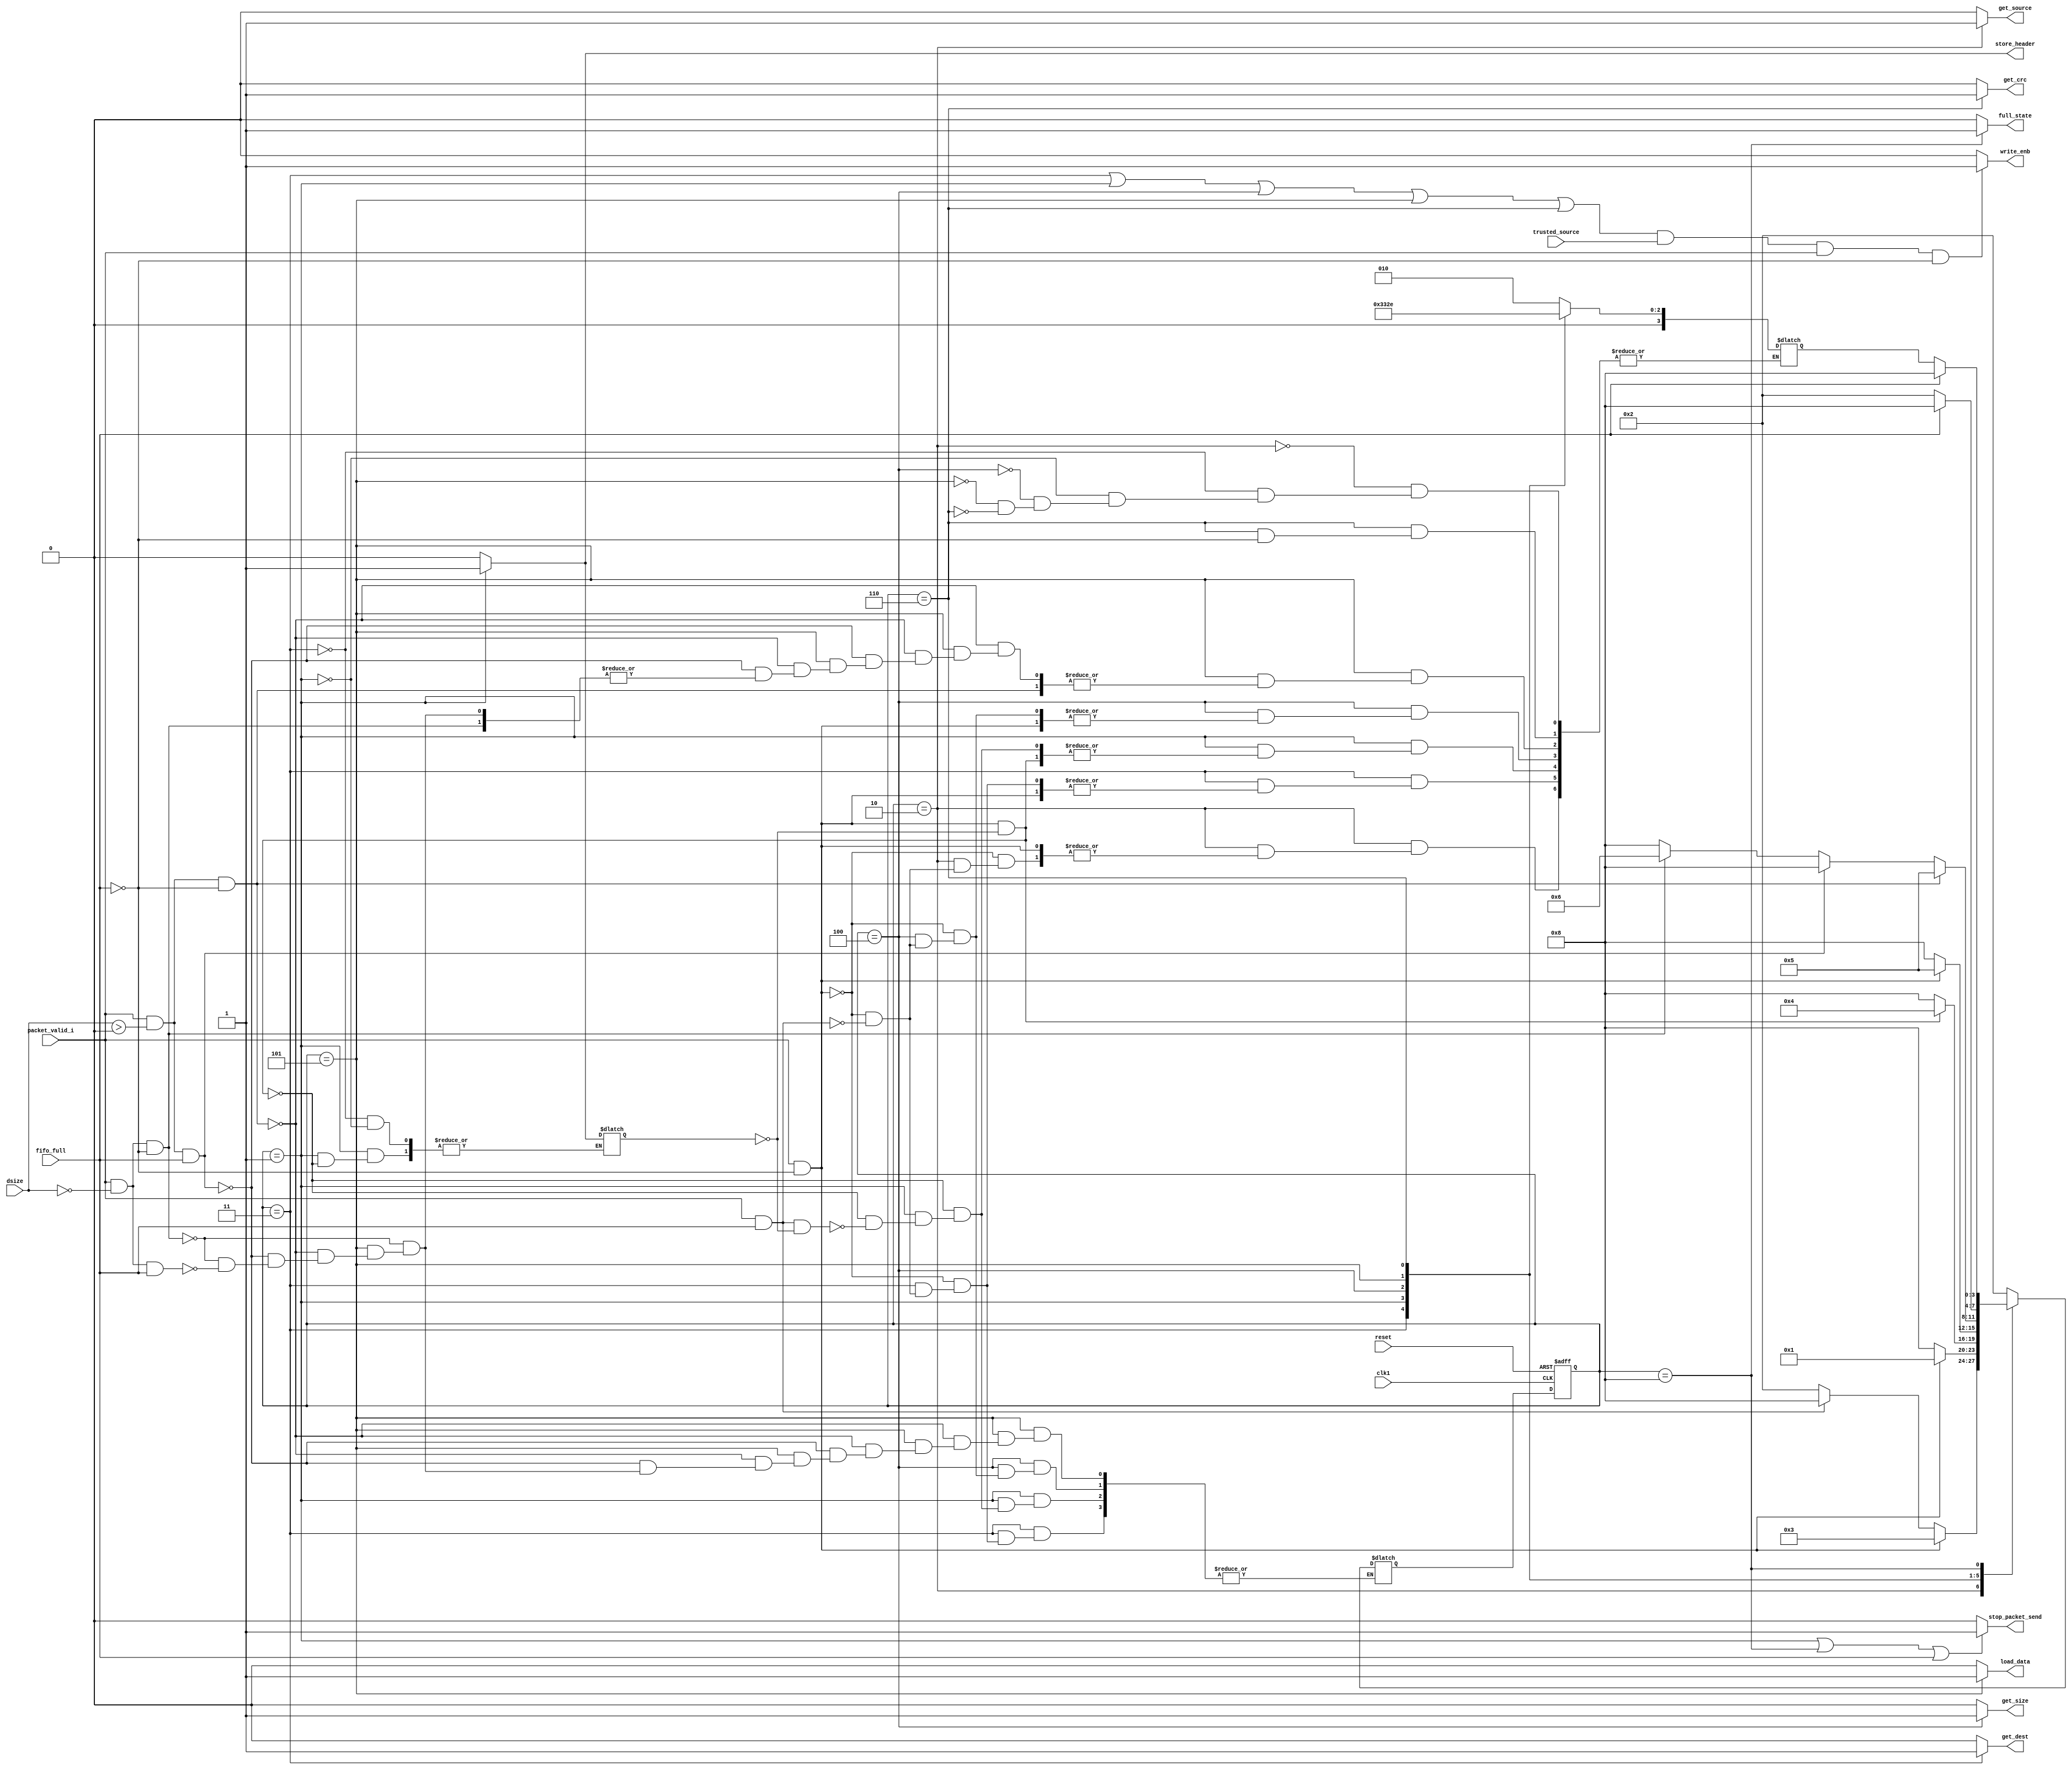
//FSM for router implementation.
//NOTE: This fsm operates under the assumption that we are using three FIFO
//buffers, the soft resets are for each idividual buffer (might not need. have to see implementation first).
`timescale 100ns/1ns
module router_fsm(
	input clk1, reset, packet_valid_i, 
	input[2:0] dsize,				//number of data bytes in packet.
	input fifo_full, trusted_source,	//fifo_empty_0, fifo_empty_1, fifo_empty_2, soft_reset_0, soft_reset_1, soft_reset_2,
	output write_enb, get_source, get_dest, store_header, get_size, load_data, get_crc, full_state, stop_packet_send);
	
parameter
	Store_Header_State = 4'b0001,	
	Check_Source_State = 4'b0010,	//The new initial state
	Get_dest_state = 4'b0011,		//Pull destination bits from packet_in.
	Get_Size_State = 4'b0100,
	Load_Data_State = 4'b0101,
	Check_CRC_State = 4'b0110,
	Wait_Till_Empty_State = 4'b0111, //Might not need, depends on the implementation.
	FIFO_Full_State = 4'b1000;
	
reg[3:0] state, next_state, state_after_wait;
reg[1:0] temp;
reg stored_dest;					//A count variable for storing 2 bytes of data to buffer.

initial begin
	next_state <= Check_Source_State;
end


always@(posedge clk1 or negedge reset)
	begin
		if(!reset)
			state <= Check_Source_State;
		else 
			state <= next_state;
	end

always@(*)
	begin
	
		//next_state = 4'bx;
		
		case(state)
		
			Check_Source_State:		//This is the initial state so we don't miss any packages over a clock cycle.
				begin
					if(packet_valid_i && !fifo_full)
						
						next_state = Get_dest_state;
						
					else if(packet_valid_i && fifo_full)
						begin
						
							next_state = FIFO_Full_State;
							state_after_wait = Check_Source_State;		//After we wait for an available spot, go to the next state.
						
						end
						
					else
					
						next_state = Check_Source_State;
							
				end
				
			Get_dest_state:			//Get the destination byte from the packet. We store source in this state.
				begin
					stored_dest = 0;
					if(packet_valid_i && !fifo_full)
						
						next_state = Store_Header_State;
					
					else if(packet_valid_i && fifo_full)
						begin
						
							next_state = FIFO_Full_State;
							state_after_wait = Get_dest_state;
				
						end
				end
				
			Store_Header_State:		//Stall the testbench and store dest to buffer.
				begin
				
					if((packet_valid_i) && (!fifo_full) && (stored_dest == 0))
						begin
							
							stored_dest = 1;		//We stored dest byte to buffer.
							next_state = Get_Size_State;	//come back to store dest.
							
						end
						
						
					else if((packet_valid_i) && (fifo_full) && (stored_dest == 0))	//If fifo full.
						begin
				
							next_state = FIFO_Full_State;
							state_after_wait = Store_Header_State;
						
						end
				
				end
				
			Get_Size_State:			//Get the data size value from the packet.
				begin
				
					if(packet_valid_i && !fifo_full)
						
						next_state =  Load_Data_State;
					
					else if( packet_valid_i && fifo_full)
					
						begin
						
							next_state = FIFO_Full_State;
							state_after_wait = Get_Size_State;
						
						end
				
				end
				
			Load_Data_State:		//Get every data value from the packet using the dsize variable.
				begin
				
					if(packet_valid_i && (dsize > 0) && !fifo_full)
						
						next_state = Load_Data_State;						
						
					else if(packet_valid_i && (dsize > 0) && fifo_full)
						begin
						
							next_state = FIFO_Full_State;
							state_after_wait = Load_Data_State;			//We come back to this state because there is still more data.
						
						end
						
					else if(packet_valid_i && (dsize == 0) && !fifo_full)
					
						next_state = Check_CRC_State;						//Move to CRC after no more data in packet.
						
					else if(packet_valid_i && (dsize == 0) && fifo_full)
						begin
						
							next_state = FIFO_Full_State;					//Go to full state before attemptint to read any more data.
							state_after_wait = Load_Data_State;			//Go to CRC State after buffer space is made. No more data packets to read.
						
						end
				
				end
				
			Check_CRC_State:
				begin
				
					if(!fifo_full)
						next_state = Check_Source_State;
					else
						begin
						
							next_state = FIFO_Full_State;
							state_after_wait = Check_CRC_State;
						
						end
				end
			//Wait_Till_Empty_State: Not sure if we really need this one yet. router should write to buffer when there is at lease one spot.
			FIFO_Full_State:
				begin
				
					if(fifo_full)
						next_state = FIFO_Full_State;
						
					else
						next_state = state_after_wait; 	//This is saved before a state changes to FIFO_Full_State.
				
				end
			
			default:
			    begin
				next_state= Check_Source_State;
			    end

		    endcase
	end
	
assign stop_packet_send = ((state == Store_Header_State) || (state == FIFO_Full_State) || (fifo_full))?1:0;
assign get_source = ((state == Check_Source_State))?1:0;
assign get_dest = ((state == Get_dest_state))?1:0;
assign get_size = ((state == Get_Size_State))?1:0;
assign load_data = ((state == Load_Data_State))?1:0;
assign get_crc = ((state ==  Check_CRC_State))?1:0;
assign store_header = ((state == Store_Header_State))?1:0;
assign full_state = ((state == FIFO_Full_State))?1:0;

//Enable write to fifo if fsm is in any of these state AND from trusted source, valid packet, and non full fifo.
assign write_enb = (((state == Get_dest_state) || (state == Store_Header_State) || (state == Get_Size_State)
					|| (state == Load_Data_State) || (state == Check_CRC_State)) 
					&& ( trusted_source) && (packet_valid_i) && (!fifo_full))?1:0;
			
endmodule